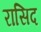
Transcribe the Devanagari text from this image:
रासिद